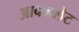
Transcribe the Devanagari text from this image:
आक्जलेट